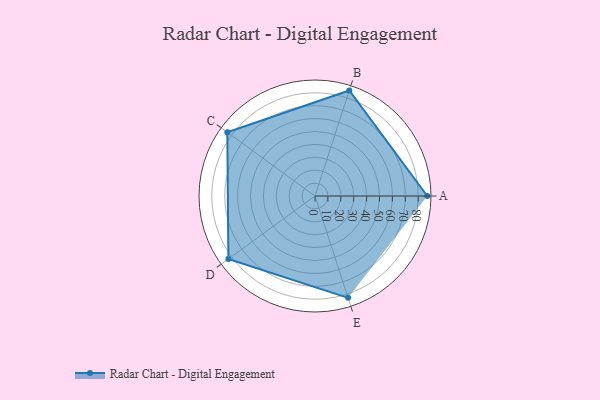
{"axis": {"x": "Skill", "y": "Score"}, "legend": ["Profile"], "data": [{"x": "A", "y": 87.0, "type": "Profile"}, {"x": "B", "y": 86.0, "type": "Profile"}, {"x": "C", "y": 84.0, "type": "Profile"}, {"x": "D", "y": 83.0, "type": "Profile"}, {"x": "E", "y": 83.0, "type": "Profile"}]}